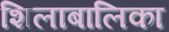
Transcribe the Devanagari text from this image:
शिलाबालिका